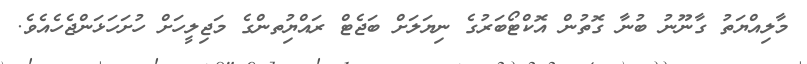
މާލިއްޔަތު ގާނޫނު ބުނާ ގޮތުން އޮކްޓޯބަރުގެ ނިޔަލަށް ބަޖެޓް ރައްޔިުތންގެ މަޖިލީހަށް ހުށަހަޅަންޖެހެއެވެ.